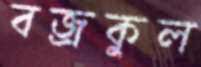
বজ্রকুল